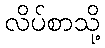
လိပ်စာသို့